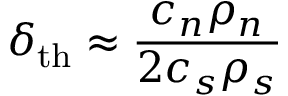
\delta _ { \mathrm { t h } } \approx \frac { c _ { n } \rho _ { n } } { 2 c _ { s } \rho _ { s } }